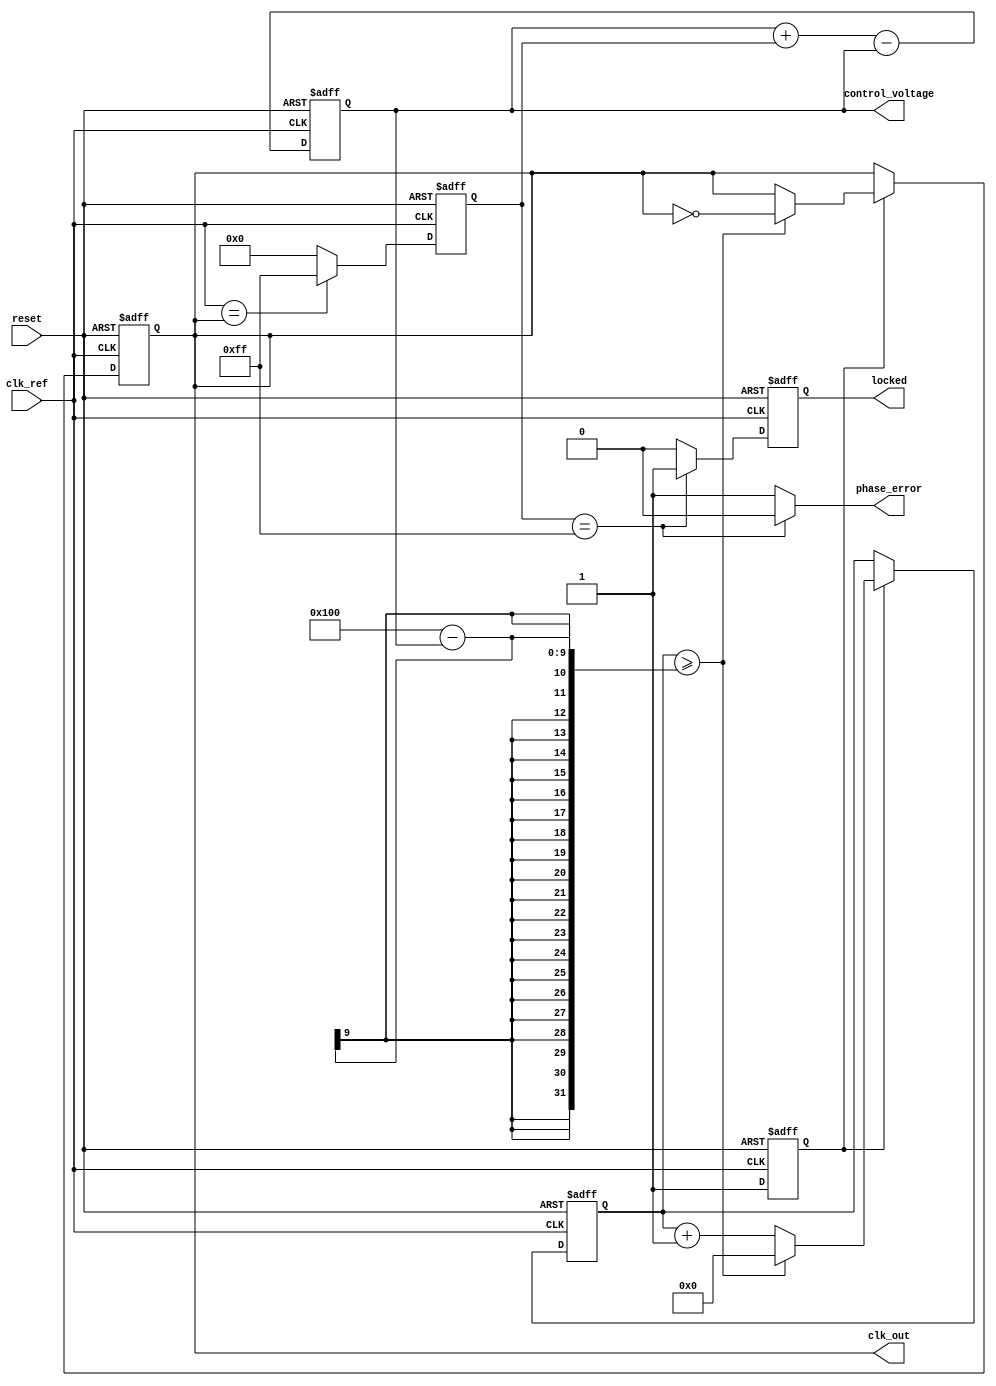
module type1_PLL (
    input wire clk_ref,        // Reference clock input
    input wire reset,          // Asynchronous reset
    output reg clk_out,        // Output clock from VCO
    output wire [7:0] control_voltage, // Control voltage from loop filter
    output wire phase_error,    // Phase error signal
    output wire locked         // Lock status
);

    // Internal signals
    reg [7:0] phase_detector_output; // Output from the phase detector
    reg [7:0] loop_filter_output;     // Output from the loop filter
    reg [7:0] vco_output;             // Output frequency from VCO
    reg vco_enable;                   // VCO enable signal
    reg [23:0] counter;               // Clock divider counter
    wire feedback;                    // Feedback signal for phase detector
    reg lock_flag;                    // Lock detection flag

    // Phase Detector (PD)
    always @(posedge clk_ref or posedge reset) begin
        if (reset) begin
            phase_detector_output <= 8'b0;
        end else begin
            // Simple comparison between reference clock and VCO output
            phase_detector_output <= (clk_ref == feedback) ? 8'd255 : 8'd0; // PWM signal
        end
    end

    // Loop Filter (LF)
    always @(posedge clk_ref or posedge reset) begin
        if (reset) begin
            loop_filter_output <= 8'b0;
        end else begin
            loop_filter_output <= loop_filter_output + phase_detector_output - loop_filter_output[7:0]; // Implementing a simple filter
        end
    end

    // Voltage-Controlled Oscillator (VCO)
    always @(posedge clk_ref or posedge reset) begin
        if (reset) begin
            vco_output <= 8'b0;
            clk_out <= 1'b0;
            counter <= 24'b0;
            vco_enable <= 1'b0;
        end else begin
            vco_enable <= 1'b1; // Enable VCO when PLL is not in reset
            // Update frequency based on control voltage
            if (vco_enable) begin
                counter <= counter + 1;
                if (counter >= (256 - loop_filter_output)) begin // Frequency scaling
                    clk_out <= ~clk_out; // Toggle output clock
                    counter <= 24'b0; // Reset counter
                end
            end
        end
    end

    // Feedback Logic
    assign feedback = clk_out; // Simple feedback directly from output for the demo

    // Lock Detection Logic (simple example)
    always @(posedge clk_ref or posedge reset) begin
        if (reset) begin
            lock_flag <= 1'b0;
        end else begin
            if (phase_detector_output == 8'd255) begin // Check for steady state
                lock_flag <= 1'b1; // PLL is locked
            end else begin
                lock_flag <= 1'b0; // PLL is not locked
            end
        end
    end

    assign phase_error = (phase_detector_output == 8'd255) ? 1'b0 : 1'b1; // Phase error indicator
    assign control_voltage = loop_filter_output; // Output control voltage for monitoring
    assign locked = lock_flag; // Output lock status

endmodule